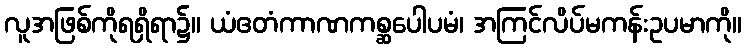
လူအဖြစ်ကိုရရှိရာ၌။ ယံဧတံကာဏကစ္ဆပေါပမံ၊ အကြင်လိပ်မကန်းဥပမာကို။